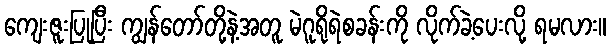
ကျေးဇူးပြုပြီး ကျွန်တော်တို့နဲ့အတူ မဲဂူရိုရဲစခန်းကို လိုက်ခဲ့ပေးလို့ ရမလား။